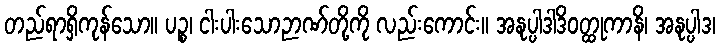
တည်ရာရှိကုန်သော။ ပဉ္စ၊ ငါးပါးသောဉာဏ်တို့ကို လည်းကောင်း။ အနုပ္ပါဒါဒိဝတ္ထုကာနိ၊ အနုပ္ပါဒ၊